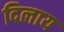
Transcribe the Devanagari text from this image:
दिलाय